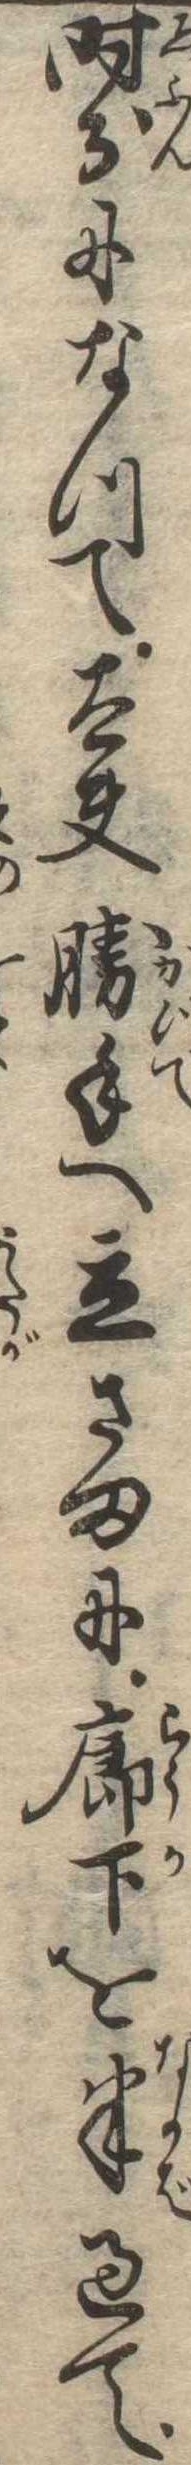
時分になつて太夫勝手へ立さまに廊下を半過て